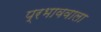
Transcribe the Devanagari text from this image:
प्रभाववाला